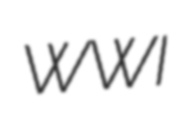
WWI